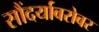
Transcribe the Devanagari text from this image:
सौंदर्याबरोबर